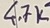
Text: 4.7K